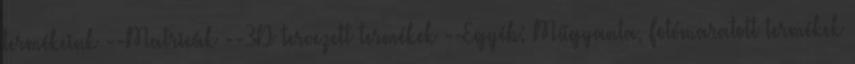
termékeink --Matricák --3D tervezett termékek --Egyéb: Műgyanta, Fotómaratott termékek